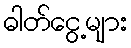
ဓါတ်ငွေ့များ